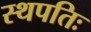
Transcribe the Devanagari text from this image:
स्थपतिः